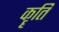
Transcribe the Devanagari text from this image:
कॄति